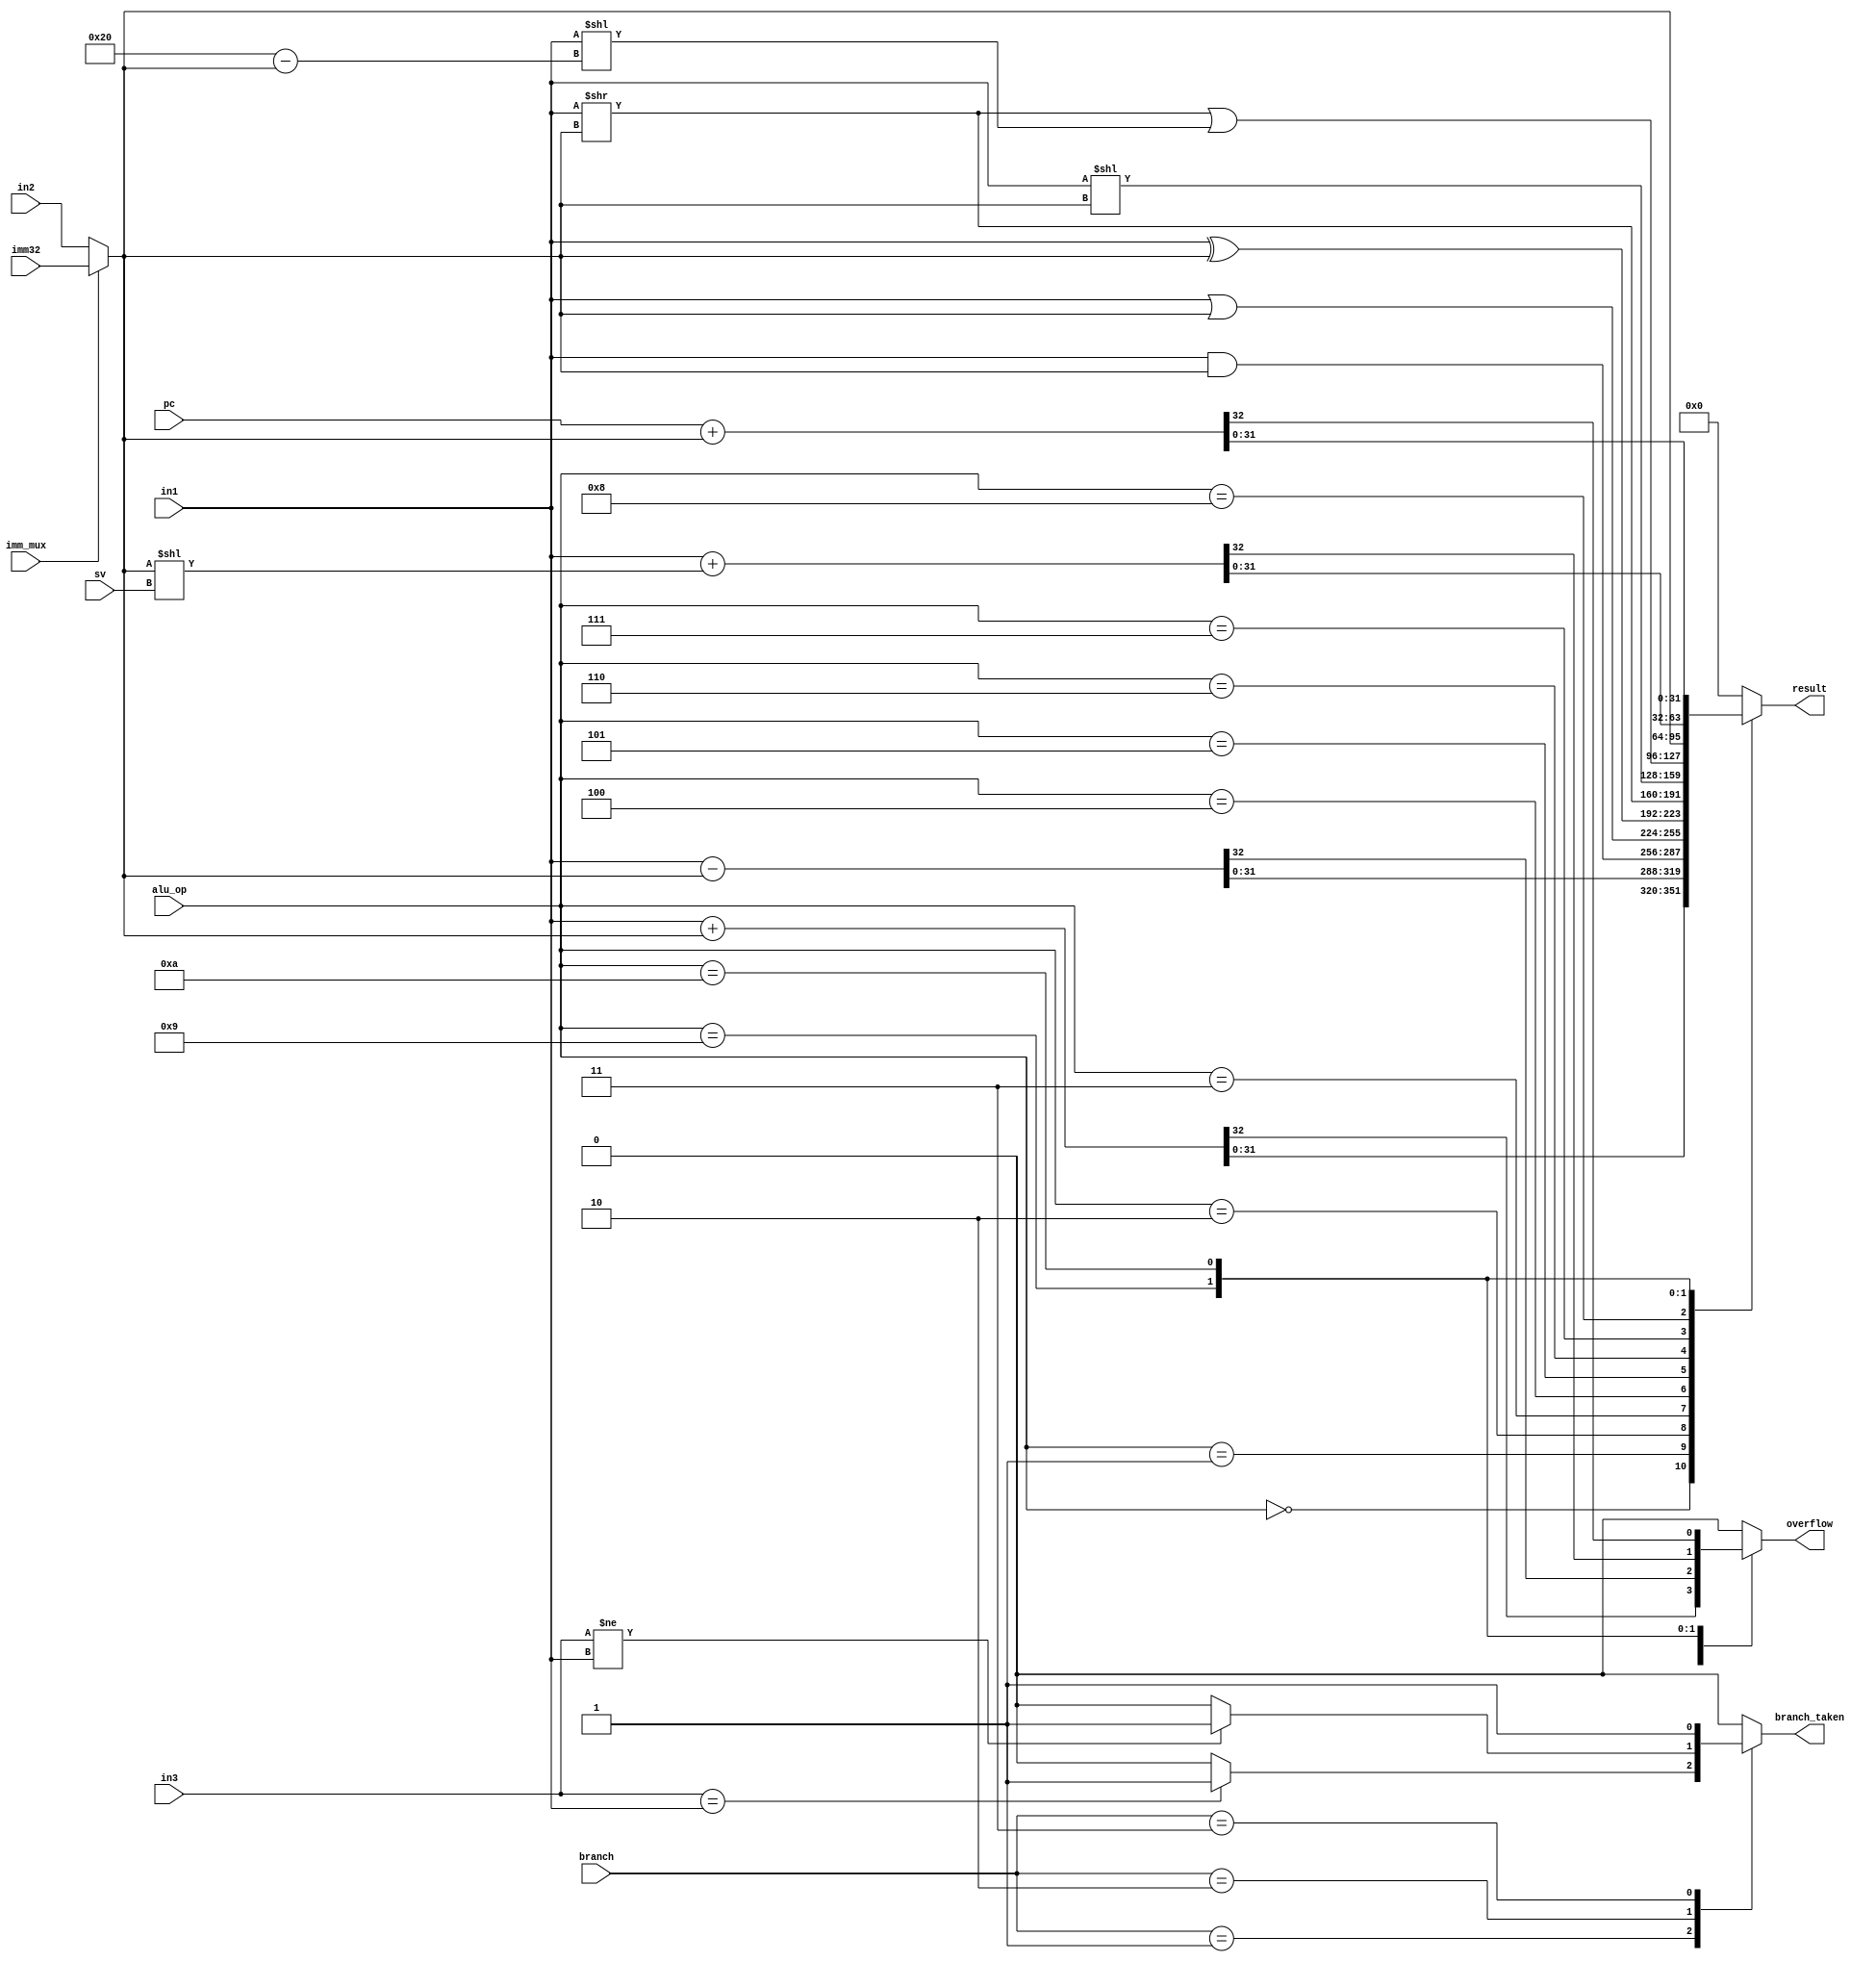
module alu(in1, in2, in3, imm32, pc, sv, imm_mux, branch, alu_op, result, branch_taken, overflow);
	input imm_mux;
	input [1:0] sv, branch;
	input [4:0] alu_op;
	input [31:0] in1, in2, in3, imm32, pc;
	output branch_taken, overflow;
	output [31:0] result;
	
	reg branch_taken, overflow;
	reg [31:0] result;
	
	wire [31:0] d1, d2;
	
	assign d1 = in1;
	assign d2 = (imm_mux)? imm32 : in2;
	
	always@(branch, in1, in3, result) begin
		case(branch)
			2'b01: branch_taken = (in3==in1)? 1 : 0;
			2'b10: branch_taken = (in3!=in1)? 1 : 0;
			2'b11: branch_taken = 1;
			default: branch_taken = 0;
		endcase
	end
	
	always@(d1, d2, pc, sv, alu_op) begin
		case(alu_op)
			5'd0: begin
				{overflow, result} = d1 + d2;
			end
			5'd1: begin
				{overflow, result} = d1 - d2;
			end
			5'd2: begin
				result = d1 & d2;
				overflow = 0;
			end
			5'd3: begin
				result = d1 | d2;
				overflow = 0;
			end
			5'd4: begin
				result = d1 ^ d2;
				overflow = 0;
			end
			5'd5: begin
				result = d1 >> d2;
				overflow = 0;
			end
			5'd6: begin
				result = d1 << d2;
				overflow = 0;
			end
			5'd7: begin
				result = (d1>>d2)|(d1<<(32-d2));
				overflow = 0;
			end
			5'd8: begin
				result = d2;
				overflow = 0;
			end
			5'd9: begin
				{overflow, result} = d1 + (d2<<sv);
			end
			5'd10: begin
				{overflow, result} = pc + d2;
			end
			default: begin
				result = 0;
				overflow = 0;
			end
		endcase
	end
endmodule